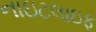
નાઇટલાઇફ